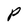
Character: P